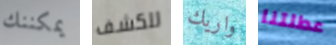
يمكننك للكشف واريك عطلتنا